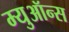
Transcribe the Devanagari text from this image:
म्युऑन्स